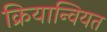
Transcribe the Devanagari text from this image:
क्रियान्वियत